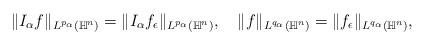
LaTeX: \begin{align*}\|I_\alpha f\|_{L^{p_\alpha}(\mathbb{H}^n)}=\|I_\alpha f_\epsilon\|_{L^{p_\alpha}(\mathbb{H}^n)},\quad\|f\|_{L^{q_\alpha}(\mathbb{H}^n)} =\|f_\epsilon\|_{L^{q_\alpha}(\mathbb{H}^n)},\end{align*}